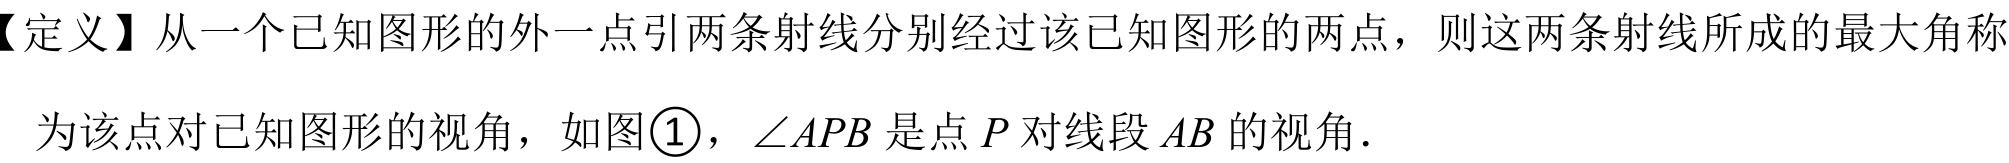
【定义】从一个已知图形的外一点引两条射线分别经过该已知图形的两点，则这两条射线所成的最大角称
为该点对已知图形的视角，如图\textcircled{1}，\(\angle APB\) 是点 \(P\) 对线段 \(AB\) 的视角．